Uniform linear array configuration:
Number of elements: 12
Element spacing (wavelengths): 0.5
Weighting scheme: hann
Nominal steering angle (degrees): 0
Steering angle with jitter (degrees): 1.924
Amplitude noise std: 0.05
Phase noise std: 0.05

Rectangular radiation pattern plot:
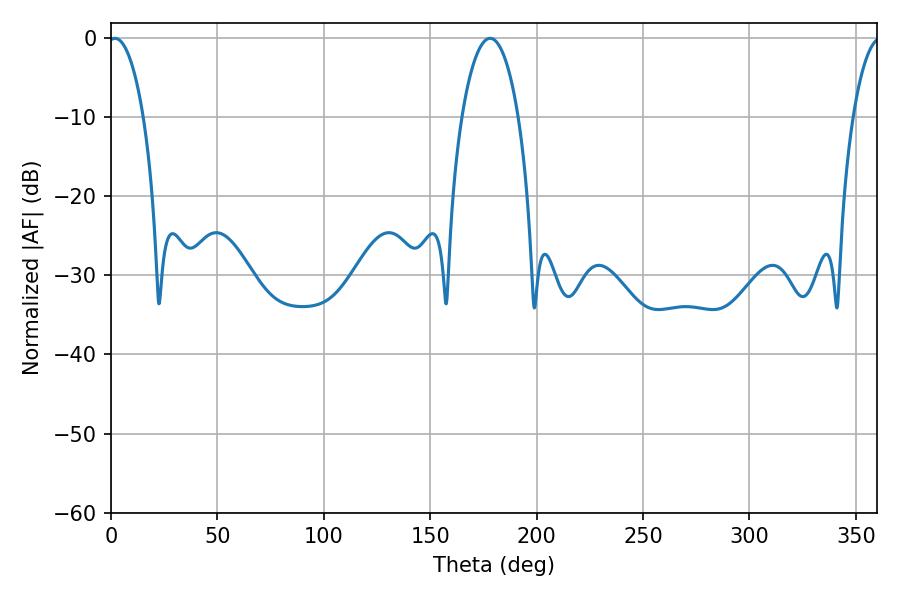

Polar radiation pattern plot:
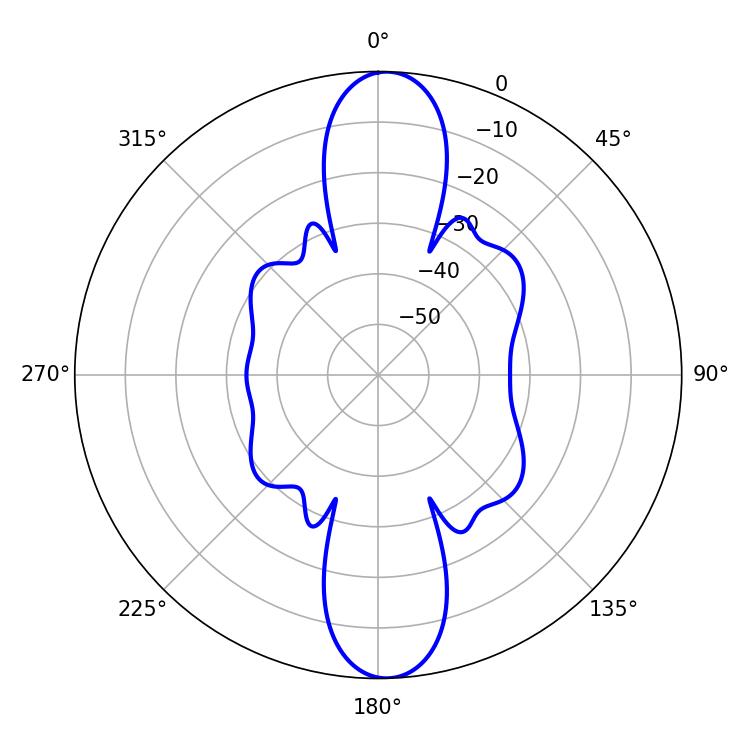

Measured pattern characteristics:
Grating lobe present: FALSE
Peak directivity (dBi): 20.047
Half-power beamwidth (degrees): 9.36
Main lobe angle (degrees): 1.8